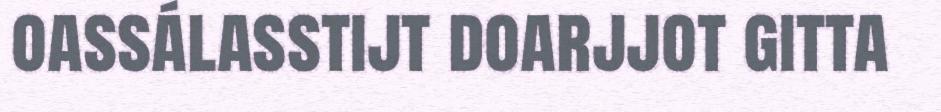
oassálasstijt doarjjot gitta